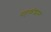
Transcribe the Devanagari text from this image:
महाकोशास